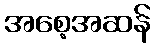
အစေ့အဆန်